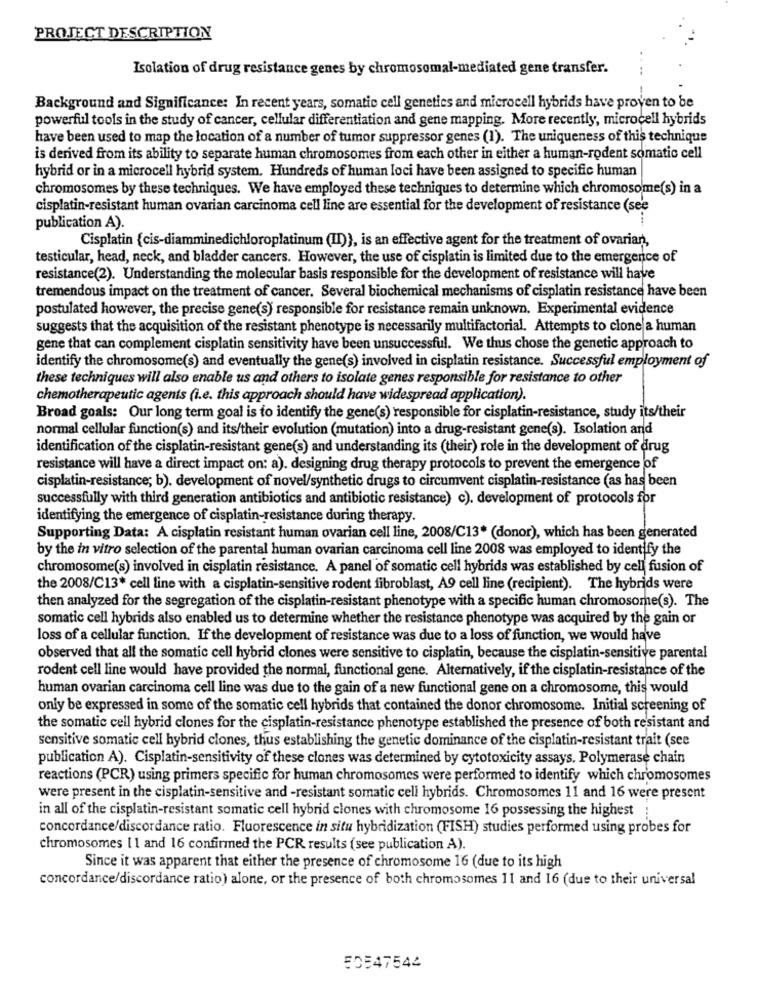
PROJECT DESCRIPTION
Isolation of drug resistance genes by chromosomal-mediated gene transfer.
....
Background and Significance: In recent years, somatic cell genetics and microcell hybrids have proven to be
powerful tools in the study of cancer, cellular differentiation and gene mapping. More recently, microcell hybrids
have been used to map the location of a number of tumor suppressor genes (1). The uniqueness of this technique
is derived from its ability to separate human chromosomes from each other in either a human-rodent somatic cell
hybrid or in a microcell hybrid system. Hundreds of human loci have been assigned to specific human
chromosomes by these techniques. We have employed these techniques to determine which chromosome(s) in a
cisplatin-resistant human ovarian carcinoma cell line are essential for the development of resistance (see
publication A).
Cisplatin {cis-diamminedichloroplatinum (II)}, is an effective agent for the treatment of ovarian,
testicular, head, neck, and bladder cancers. However, the use of cisplatin is limited due to the emergence of
resistance(2). Understanding the molecular basis responsible for the development of resistance will have
tremendous impact on the treatment of cancer. Several biochemical mechanisms of cisplatin resistance have been
postulated however, the precise gene(s) responsible for resistance remain unknown. Experimental evidence
suggests that the acquisition of the resistant phenotype is necessarily multifactorial. Attempts to clone a human
gene that can complement cisplatin sensitivity have been unsuccessful. We thus chose the genetic approach to
identify the chromosome(s) and eventually the gene(s) involved in cisplatin resistance. Successful employment of
these techniques will also enable us and others to isolate genes responsible for resistance to other
chemotherapeutic agents (i.e. this approach should have widespread application).
Broad goals: Our long term goal is to identify the gene(s) responsible for cisplatin-resistance, study its/their
normal cellular function(s) and its/their evolution (mutation) into a drug-resistant gene(s). Isolation and
identification of the cisplatin-resistant gene(s) and understanding its (their) role in the development of drug
resistance will have a direct impact on: a). designing drug therapy protocols to prevent the emergence of
cisplatin-resistance; b). development of novel/synthetic drugs to circumvent cisplatin-resistance (as has been
successfully with third generation antibiotics and antibiotic resistance) c). development of protocols for
identifying the emergence of cisplatin-resistance during therapy.
Supporting Data: A cisplatin resistant human ovarian cell line, 2008/C13* (donor), which has been generated
by the in vitro selection of the parental human ovarian carcinoma cell line 2008 was employed to identify the
chromosome(s) involved in cisplatin resistance. A panel of somatic cell hybrids was established by cell fusion of
the 2008/C13* cell line with a cisplatin-sensitive rodent fibroblast, A9 cell line (recipient). The hybrids were
then analyzed for the segregation of the cisplatin-resistant phenotype with a specific human chromosome(s). The
somatic cell hybrids also enabled us to determine whether the resistance phenotype was acquired by the gain or
loss of a cellular function. If the development of resistance was due to a loss of function, we would have
observed that all the somatic cell hybrid clones were sensitive to cisplatin, because the cisplatin-sensitive parental
rodent cell line would have provided the normal, functional gene. Alternatively, if the cisplatin-resistance of the
human ovarian carcinoma cell line was due to the gain of a new functional gene on a chromosome, this would
only be expressed in some of the somatic cell hybrids that contained the donor chromosome. Initial screening of
the somatic cell hybrid clones for the cisplatin-resistance phenotype established the presence of both resistant and
sensitive somatic cell hybrid clones, thus establishing the genetic dominance of the cisplatin-resistant trait (see
publication A). Cisplatin-sensitivity of these clones was determined by cytotoxicity assays. Polymerase chain
reactions (PCR) using primers specific for human chromosomes were performed to identify which chromosomes
were present in the cisplatin-sensitive and -resistant somatic cell hybrids. Chromosomes 11 and 16 were present
in all of the cisplatin-resistant somatic cell hybrid clones with chromosome 16 possessing the highest
concordance/discordance ratio. Fluorescence in situ hybridization (FISH) studies performed using probes for
chromosomes [ 1 and 16 confirmed the PCR results (see publication A).
Since it was apparent that either the presence of chromosome 16 (due to its high
concordance/discordance ratio) alone, or the presence of both chromosomes 11 and 16 (due to their universal
50547544